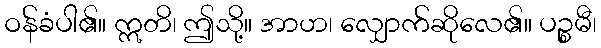
ဝန်ခံပါ၏။ ဣတိ၊ ဤသို့။ အာဟ၊ လျှောက်ဆိုလေ၏။ ပဉ္စမီ၊